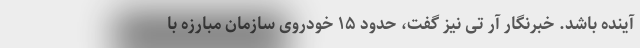
آینده باشد. خبرنگار آر تی نیز گفت، حدود ۱۵ خودروی سازمان مبارزه با